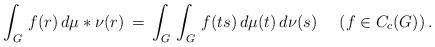
LaTeX: \begin{align*}\int_G\, f(r)\,d\mu*\nu(r)\,=\,\int_G\,\int_G \, f(ts) \,d\mu(t)\,d\nu(s) \,\,\,\,\,\,\,\, (f\in C_c(G))\,.\end{align*}